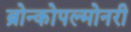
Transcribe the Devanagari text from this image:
ब्रोन्कोपल्मोनरी